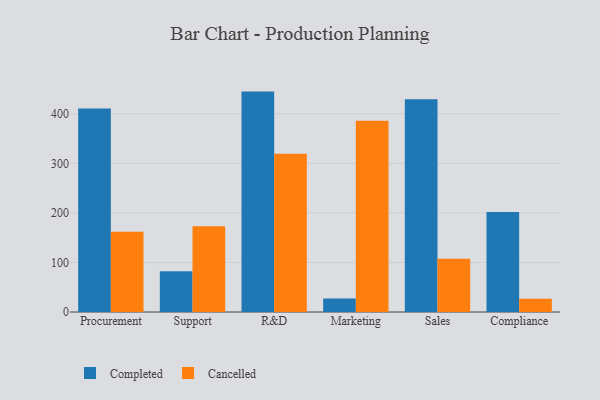
{"axis": {"x": "Department", "y": "Net Income (USD K)"}, "legend": ["Cancelled", "Completed"], "data": [{"x": "Procurement", "y": 410.6, "type": "Completed"}, {"x": "Procurement", "y": 161.8, "type": "Cancelled"}, {"x": "Support", "y": 82.1, "type": "Completed"}, {"x": "Support", "y": 173.1, "type": "Cancelled"}, {"x": "R&D", "y": 444.7, "type": "Completed"}, {"x": "R&D", "y": 319.5, "type": "Cancelled"}, {"x": "Marketing", "y": 27.2, "type": "Completed"}, {"x": "Marketing", "y": 386.1, "type": "Cancelled"}, {"x": "Sales", "y": 429.3, "type": "Completed"}, {"x": "Sales", "y": 107.4, "type": "Cancelled"}, {"x": "Compliance", "y": 201.9, "type": "Completed"}, {"x": "Compliance", "y": 26.5, "type": "Cancelled"}]}